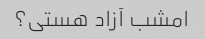
امشب آزاد هستی؟